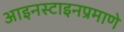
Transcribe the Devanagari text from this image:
आइनस्टाइनप्रमाणे